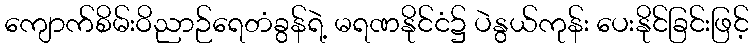
ကျောက်စိမ်းဝိညာဉ်ရေတံခွန်ရဲ့ မရဏနိုင်ငံ၌ ပဲနွယ်ကုန်း ပေးနိုင်ခြင်းဖြင့်